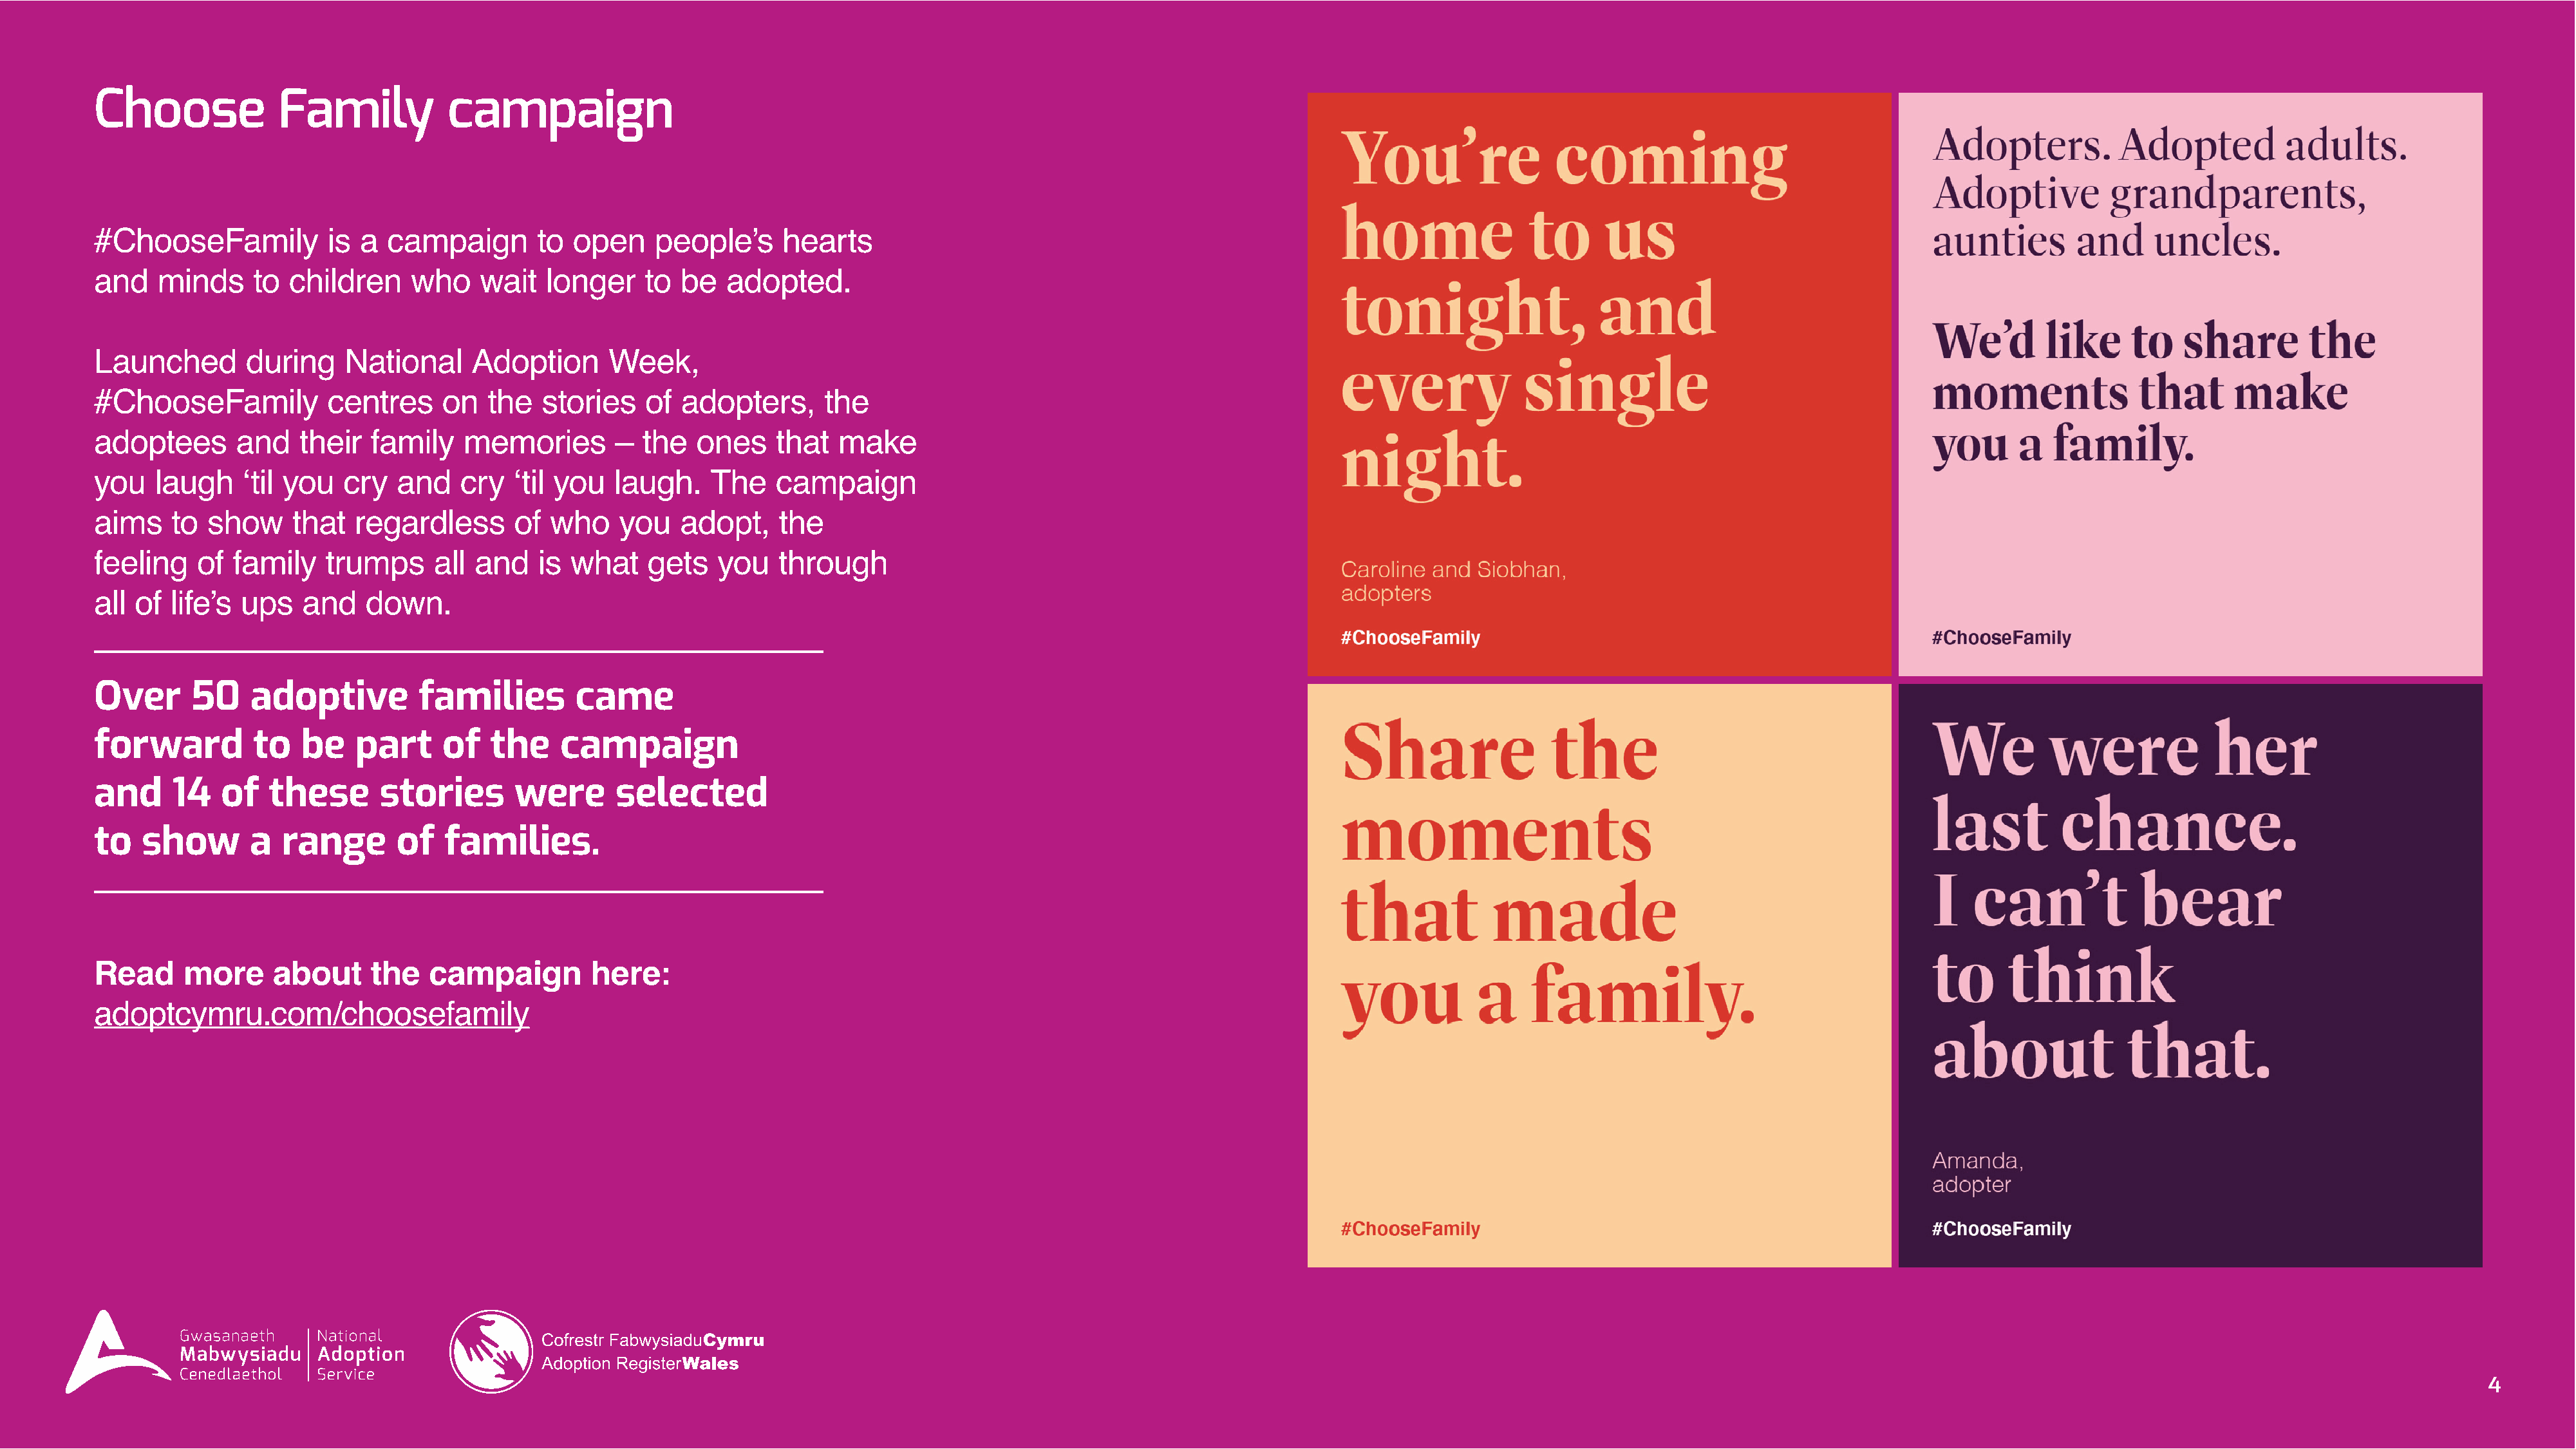
Choose             Family           campaign
 #ChooseFamily           is a  campaign       to  open    people’s     hearts
 and   minds     to  children    who    wait   longer    to  be   adopted.
 Launched       during    National     Adoption       Week,
 #ChooseFamily           centres    on   the   stories   of  adopters,      the
 adoptees      and    their  family    memories       –  the   ones    that  make
 you   laugh    ‘til you  cry   and   cry   ‘til you  laugh.    The    campaign
 aims    to show     that  regardless       of  who    you   adopt,    the
 feeling   of  family   trumps      all and   is  what    gets   you   through
 all of  life’s ups   and    down.
 Over      50    adoptive         families        came
 forward         to   be   part     of   the     campaign
 and     14   of   these      stories       were      selected
 to   show       a  range       of   families.
 Read     more     about     the   campaign         here:
 adoptcymru.com/choosefamily
 4